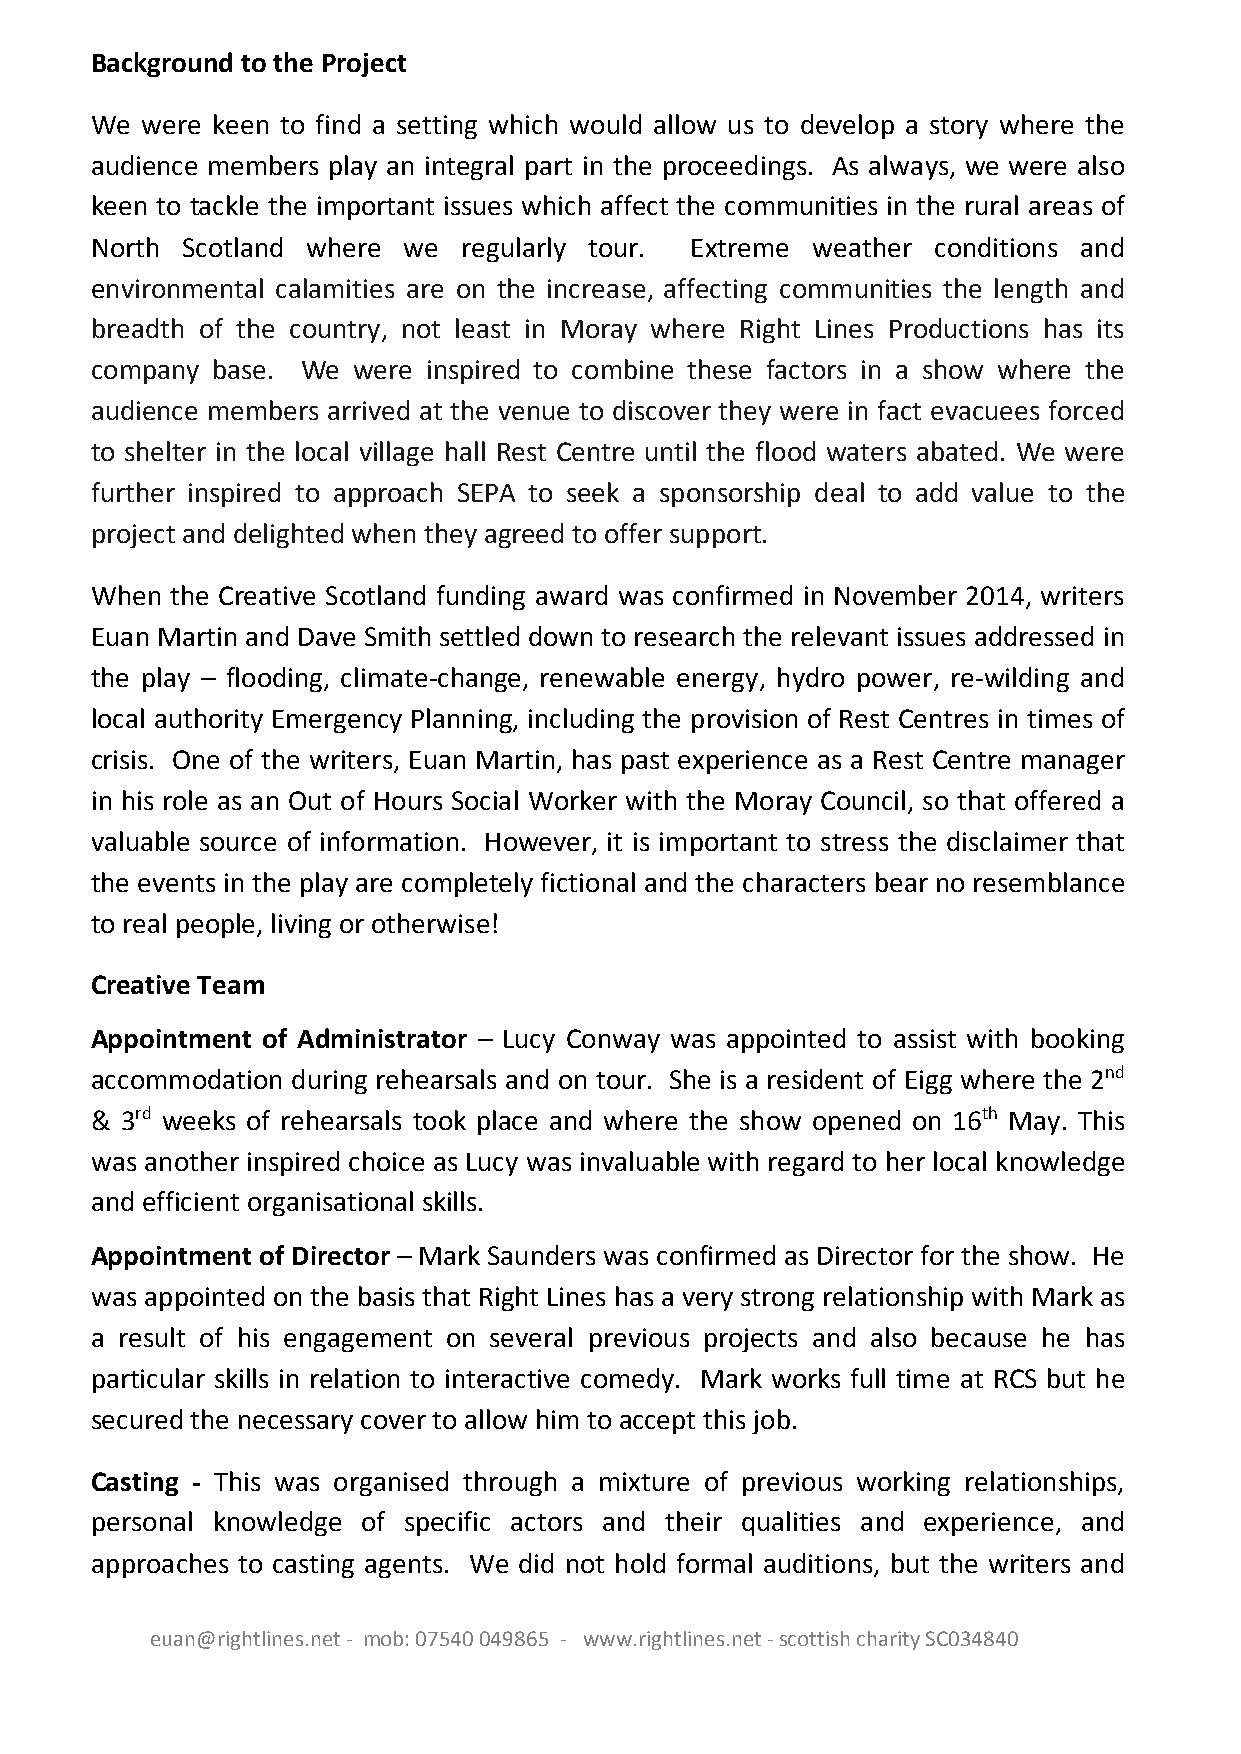
Background to the Project
 We were keen to find a setting which would allow us to develop a story where the
 audience members play an integral part in the proceedings. As always, we were also
 keen to tackle the important issues which affect the communities in the rural areas of
 North Scotland where we  regularly tour. Extreme weather conditions and
 environmental calamities are on the increase, affecting communities the length and
 breadth of the country, not least in Moray where Right Lines Productions has its
 company base. We were inspired to combine these factors in a show where the
 audience members arrived at the venue to discover they were in fact evacuees forced
 to shelter in the local village hall Rest Centre until the flood waters abated. We were
 further inspired to approach SEPA to seek a sponsorship deal to add value to the
 project and delighted when they agreed to offer support.
 When the Creative Scotland funding award was confirmed in November 2014, writers
 Euan Martin and Dave Smith settled down to research the relevant issues addressed in
 the play – flooding, climate-change, renewable energy, hydro power, re-wilding and
 local authority Emergency Planning, including the provision of Rest Centres in times of
 crisis. One of the writers, Euan Martin, has past experience as a Rest Centre manager
 in his role as an Out of Hours Social Worker with the Moray Council, so that offered a
 valuable source of information. However, it is important to stress the disclaimer that
 the events in the play are completely fictional and the characters bear no resemblance
 to real people, living or otherwise!
 Creative Team
 Appointment of Administrator – Lucy Conway was appointed to assist with booking
 accommodation during rehearsals and on tour. She is a resident of Eigg where the 2nd
 & 3rd weeks of rehearsals took place and where the show opened on 16th May. This
 was another inspired choice as Lucy was invaluable with regard to her local knowledge
 and efficient organisational skills.
 Appointment of Director – Mark Saunders was confirmed as Director for the show. He
 was appointed on the basis that Right Lines has a very strong relationship with Mark as
 a result of his engagement on several previous projects and also because he has
 particular skills in relation to interactive comedy. Mark works full time at RCS but he
 secured the necessary cover to allow him to accept this job.
 Casting - This was organised through a mixture of previous working relationships,
 personal knowledge of specific actors and their qualities and experience, and
 approaches to casting agents. We did not hold formal auditions, but the writers and
 euan@rightlines.net - mob: 07540 049865 - www.rightlines.net - scottish charity SC034840